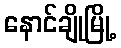
နောင်ချိုမြို့